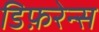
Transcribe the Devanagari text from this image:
डिफ़रेन्स